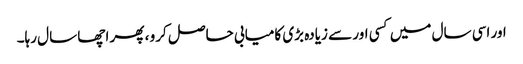
اور اسی سال میں کسی اور سے زیادہ بڑی کامیابی حاصل کرو ، پھر اچھا سال رہا۔